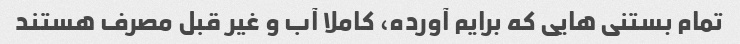
تمام بستنی هایی که برایم آورده، کاملا آب و غیر قبل مصرف هستند